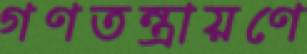
গণতন্ত্রায়ণে